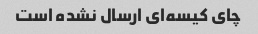
چای کیسه‌ای ارسال نشده است